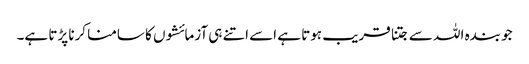
جو بندہ اللہ سے جتنا قریب ہوتا ہے اسے اتنے ہی آزمائشوں کا سامنا کرنا پڑتا ہے۔